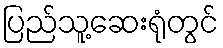
ပြည်သူ့ဆေးရုံတွင်